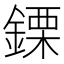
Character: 𨫊